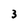
Character: 3